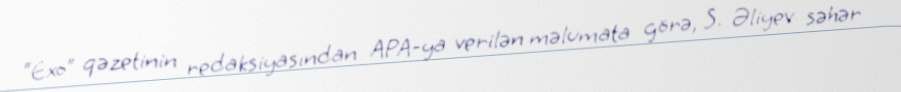
“Exo” qəzetinin redaksiyasından APA-ya verilən məlumata görə, S. Əliyev səhər